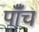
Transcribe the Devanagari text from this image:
पाँँच